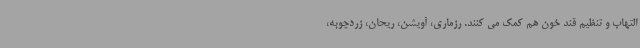
التهاب و تنظیم قند خون هم کمک می کنند. رزماری، آویشن، ریحان، زردچوبه،